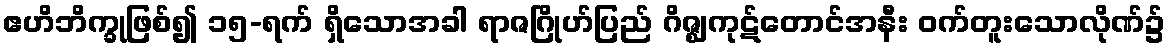
ဧဟိဘိက္ခုဖြစ်၍ ၁၅-ရက် ရှိသောအခါ ရာဇဂြိုဟ်ပြည် ဂိဇ္ဈကုဋ်တောင်အနီး ဝက်တူးသောလိုဏ်၌